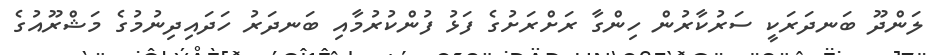
ލަންދޫ ބަނދަރަކީ ސަރުކާރުން ހިންގާ ރަށްރަށުގެ ފަޅު ފުންކުރުމާއި ބަނދަރު ހަދައިދިނުމުގެ މަޝްރޫއުގެ